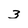
Character: 3